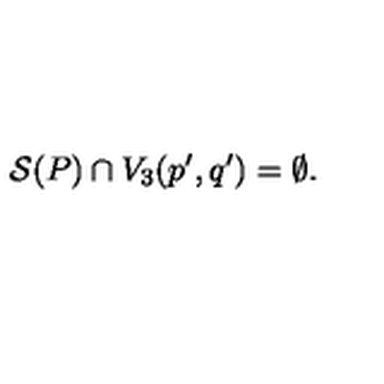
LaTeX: { \cal S } ( P ) \cap V _ { 3 } ( p ^ { \prime } , q ^ { \prime } ) = \emptyset .